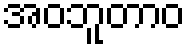
အဝဘူတာဝ